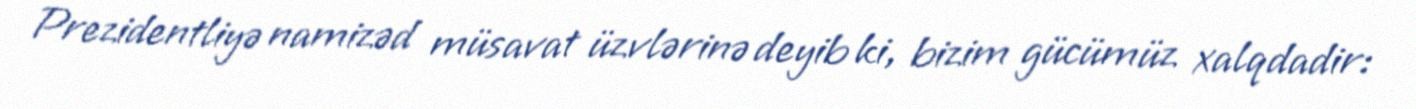
Prezidentliyə namizəd müsavat üzvlərinə deyib ki, bizim gücümüz xalqdadir: